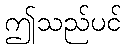
ဤသည်ပင်